65_HS1-834228961_62-HQ-83894_Section_3
Agency: FBI
Page 34
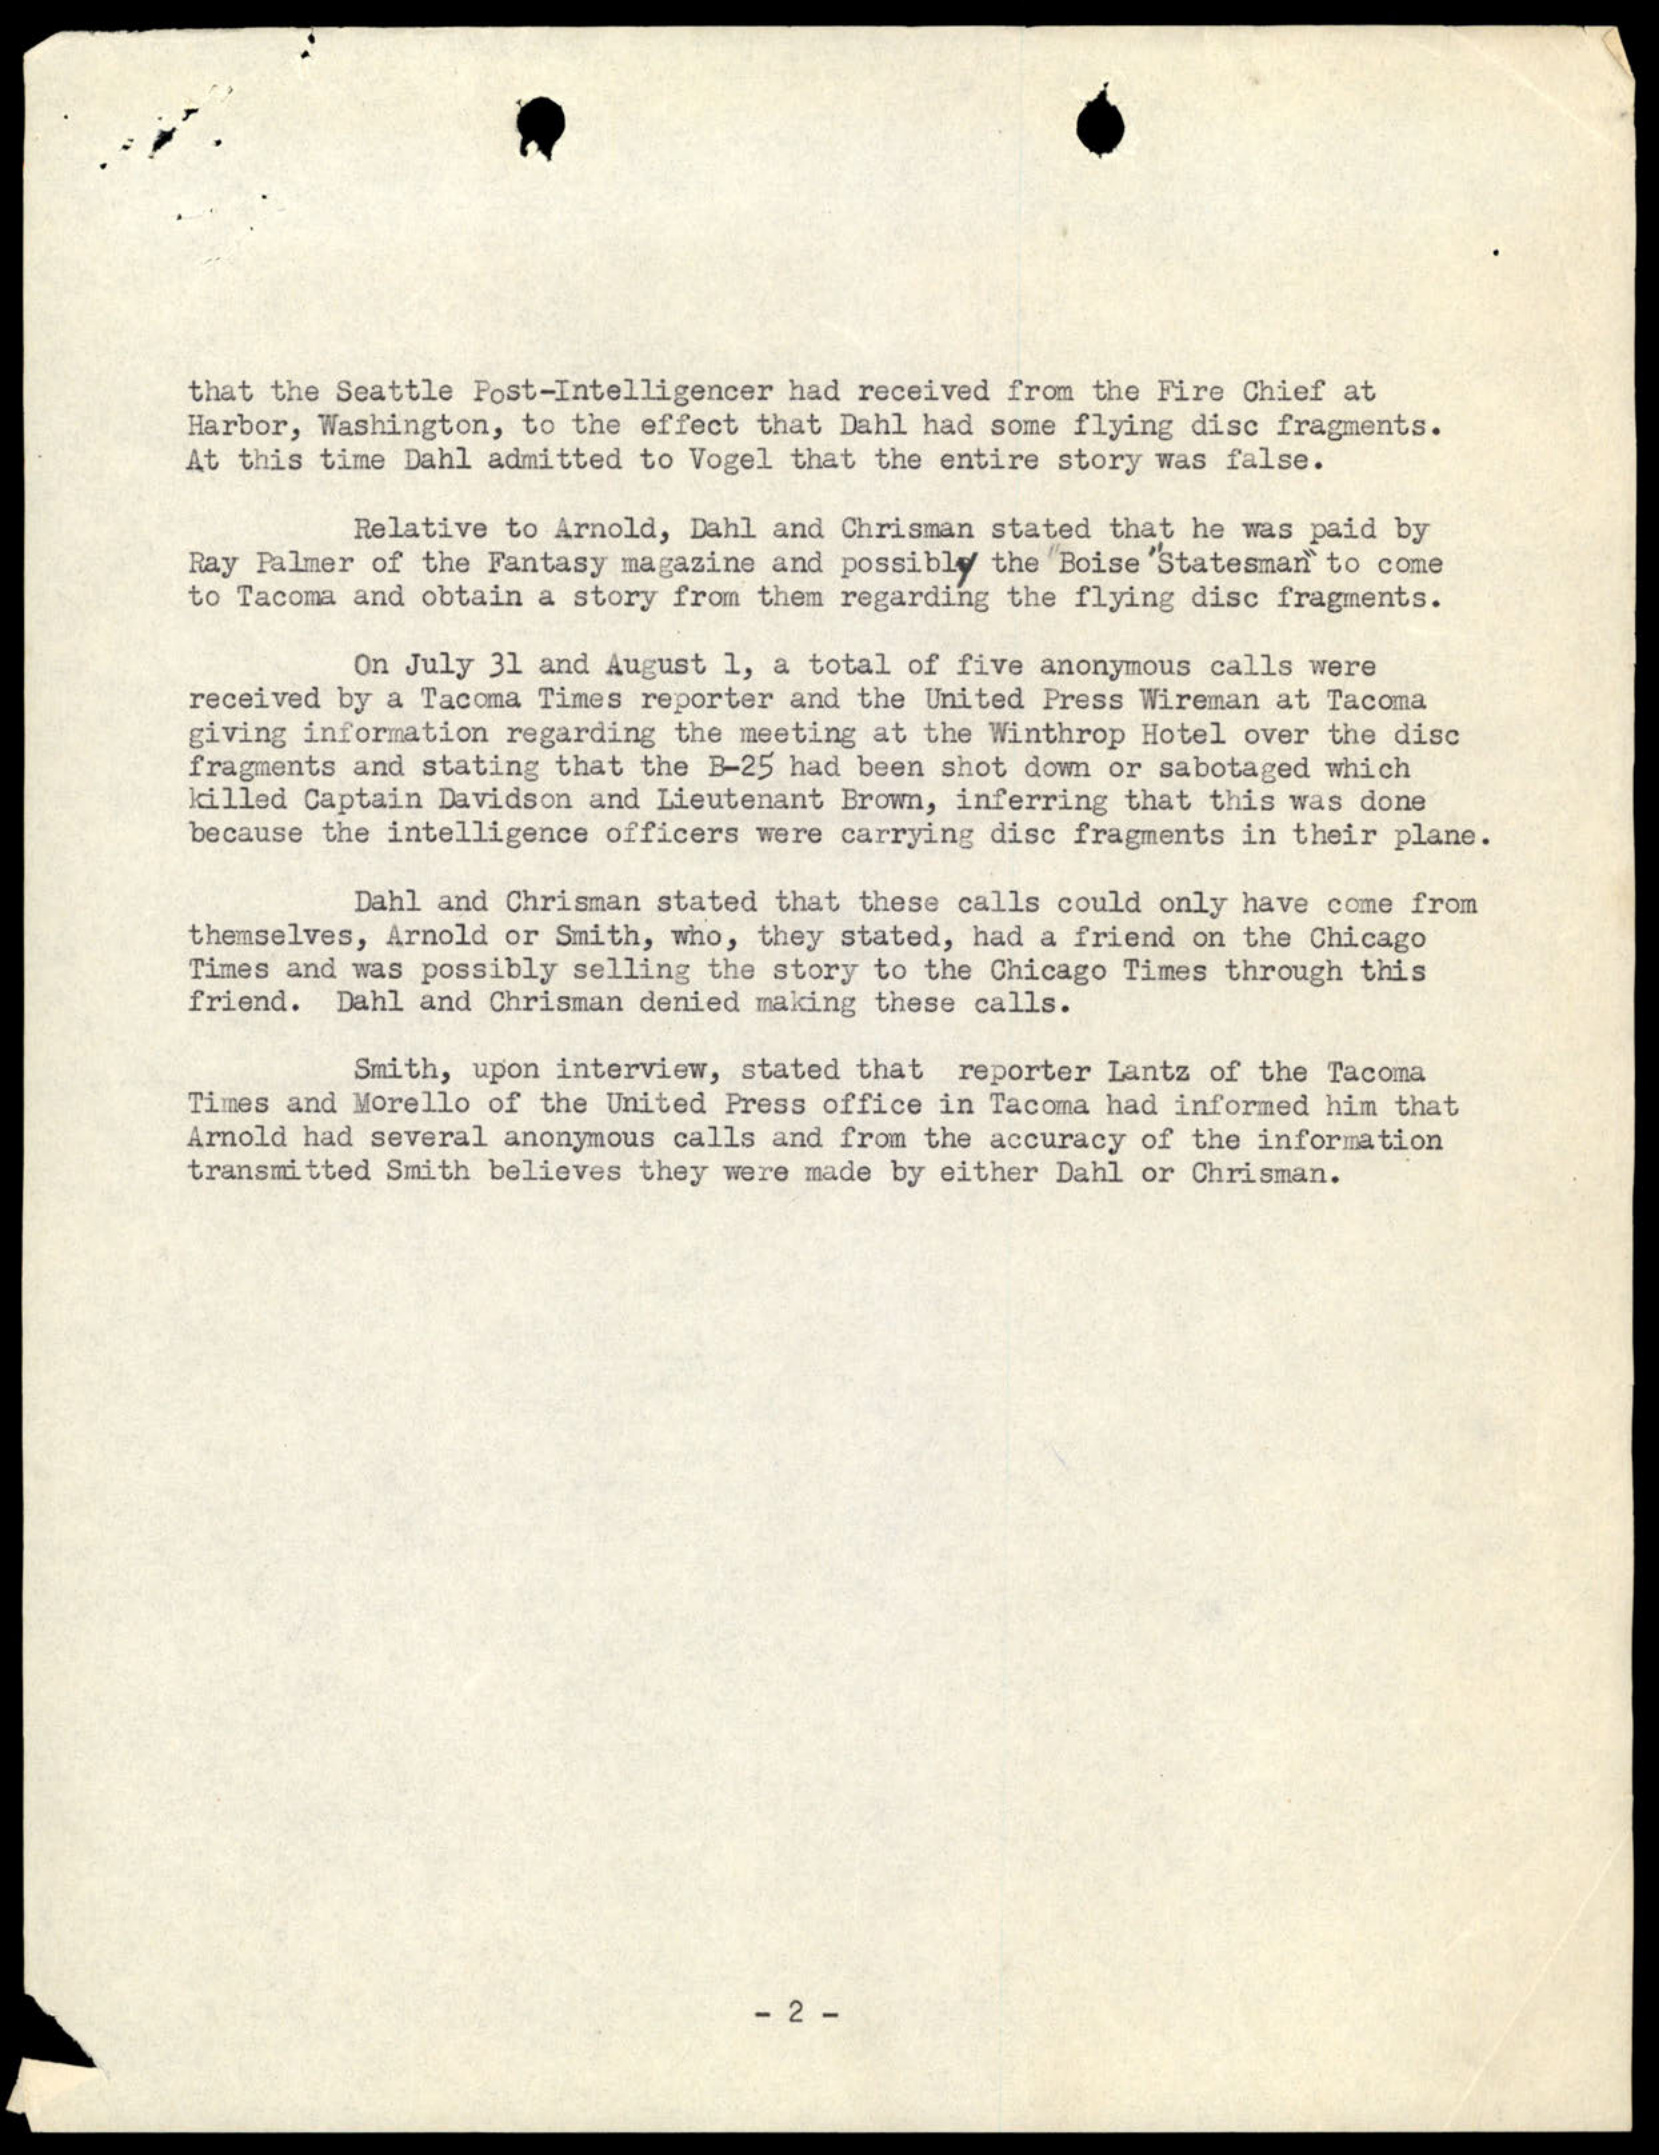